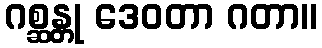
ဂစ္ဆန္တု ဒေဝတာ ဂတာ။